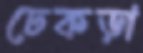
ঢেকড়া